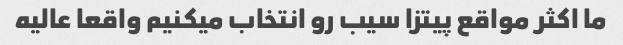
ما اکثر مواقع پیتزا سیب رو انتخاب میکنیم واقعا عالیه